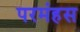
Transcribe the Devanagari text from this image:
परमंहस